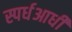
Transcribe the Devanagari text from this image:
स्पर्धआधी